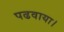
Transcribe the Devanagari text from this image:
पढवाया।